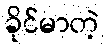
ခိုင်မာတဲ့